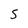
Character: 5